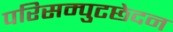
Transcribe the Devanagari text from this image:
परिसम्पुटछेदन